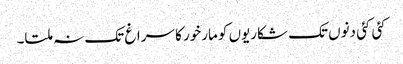
کئی کئی دنوں تک شکاریوں کو مارخور کا سراغ تک نہ ملتا۔